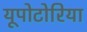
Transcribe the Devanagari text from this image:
यूपोटोरिया